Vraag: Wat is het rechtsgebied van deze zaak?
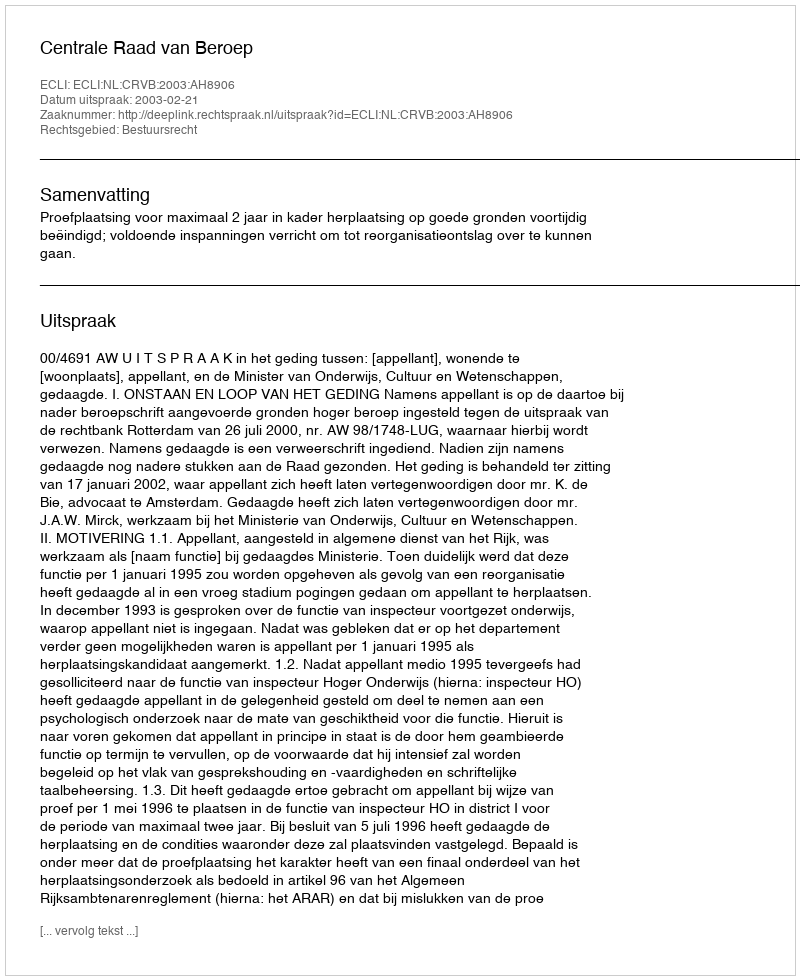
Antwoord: Bestuursrecht